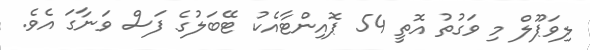
ލިވަޕޫލް މި ވަގުތު އޮތީ 54 ޕޮއިންޓާއެކު ޓޭބަލުގެ ފަސް ވަނާގަ އެވެ.